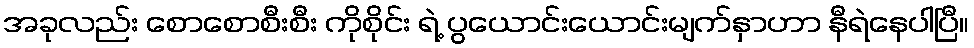
အခုလည်း စောစောစီးစီး ကိုစိုင်း ရဲ့ ပွယောင်းယောင်းမျက်နှာဟာ နီရဲနေပါပြီ။